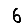
Digit: 6